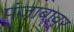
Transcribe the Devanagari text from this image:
पंजाबावर